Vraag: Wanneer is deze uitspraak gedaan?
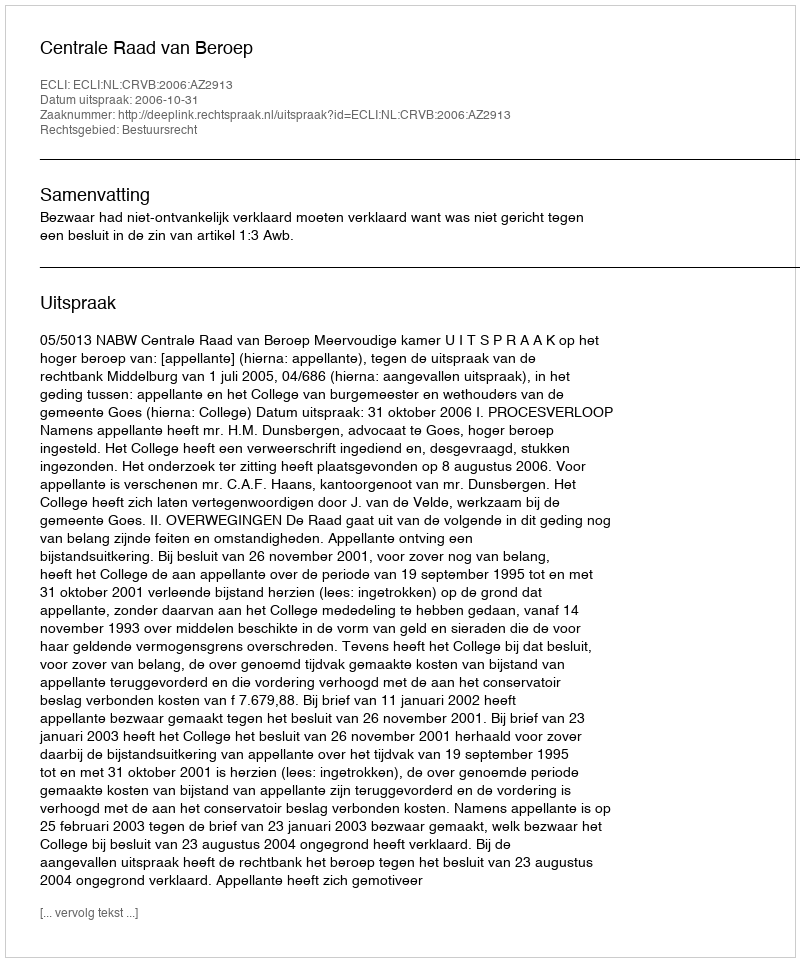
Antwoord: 2006-10-31